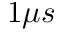
1 \mu s